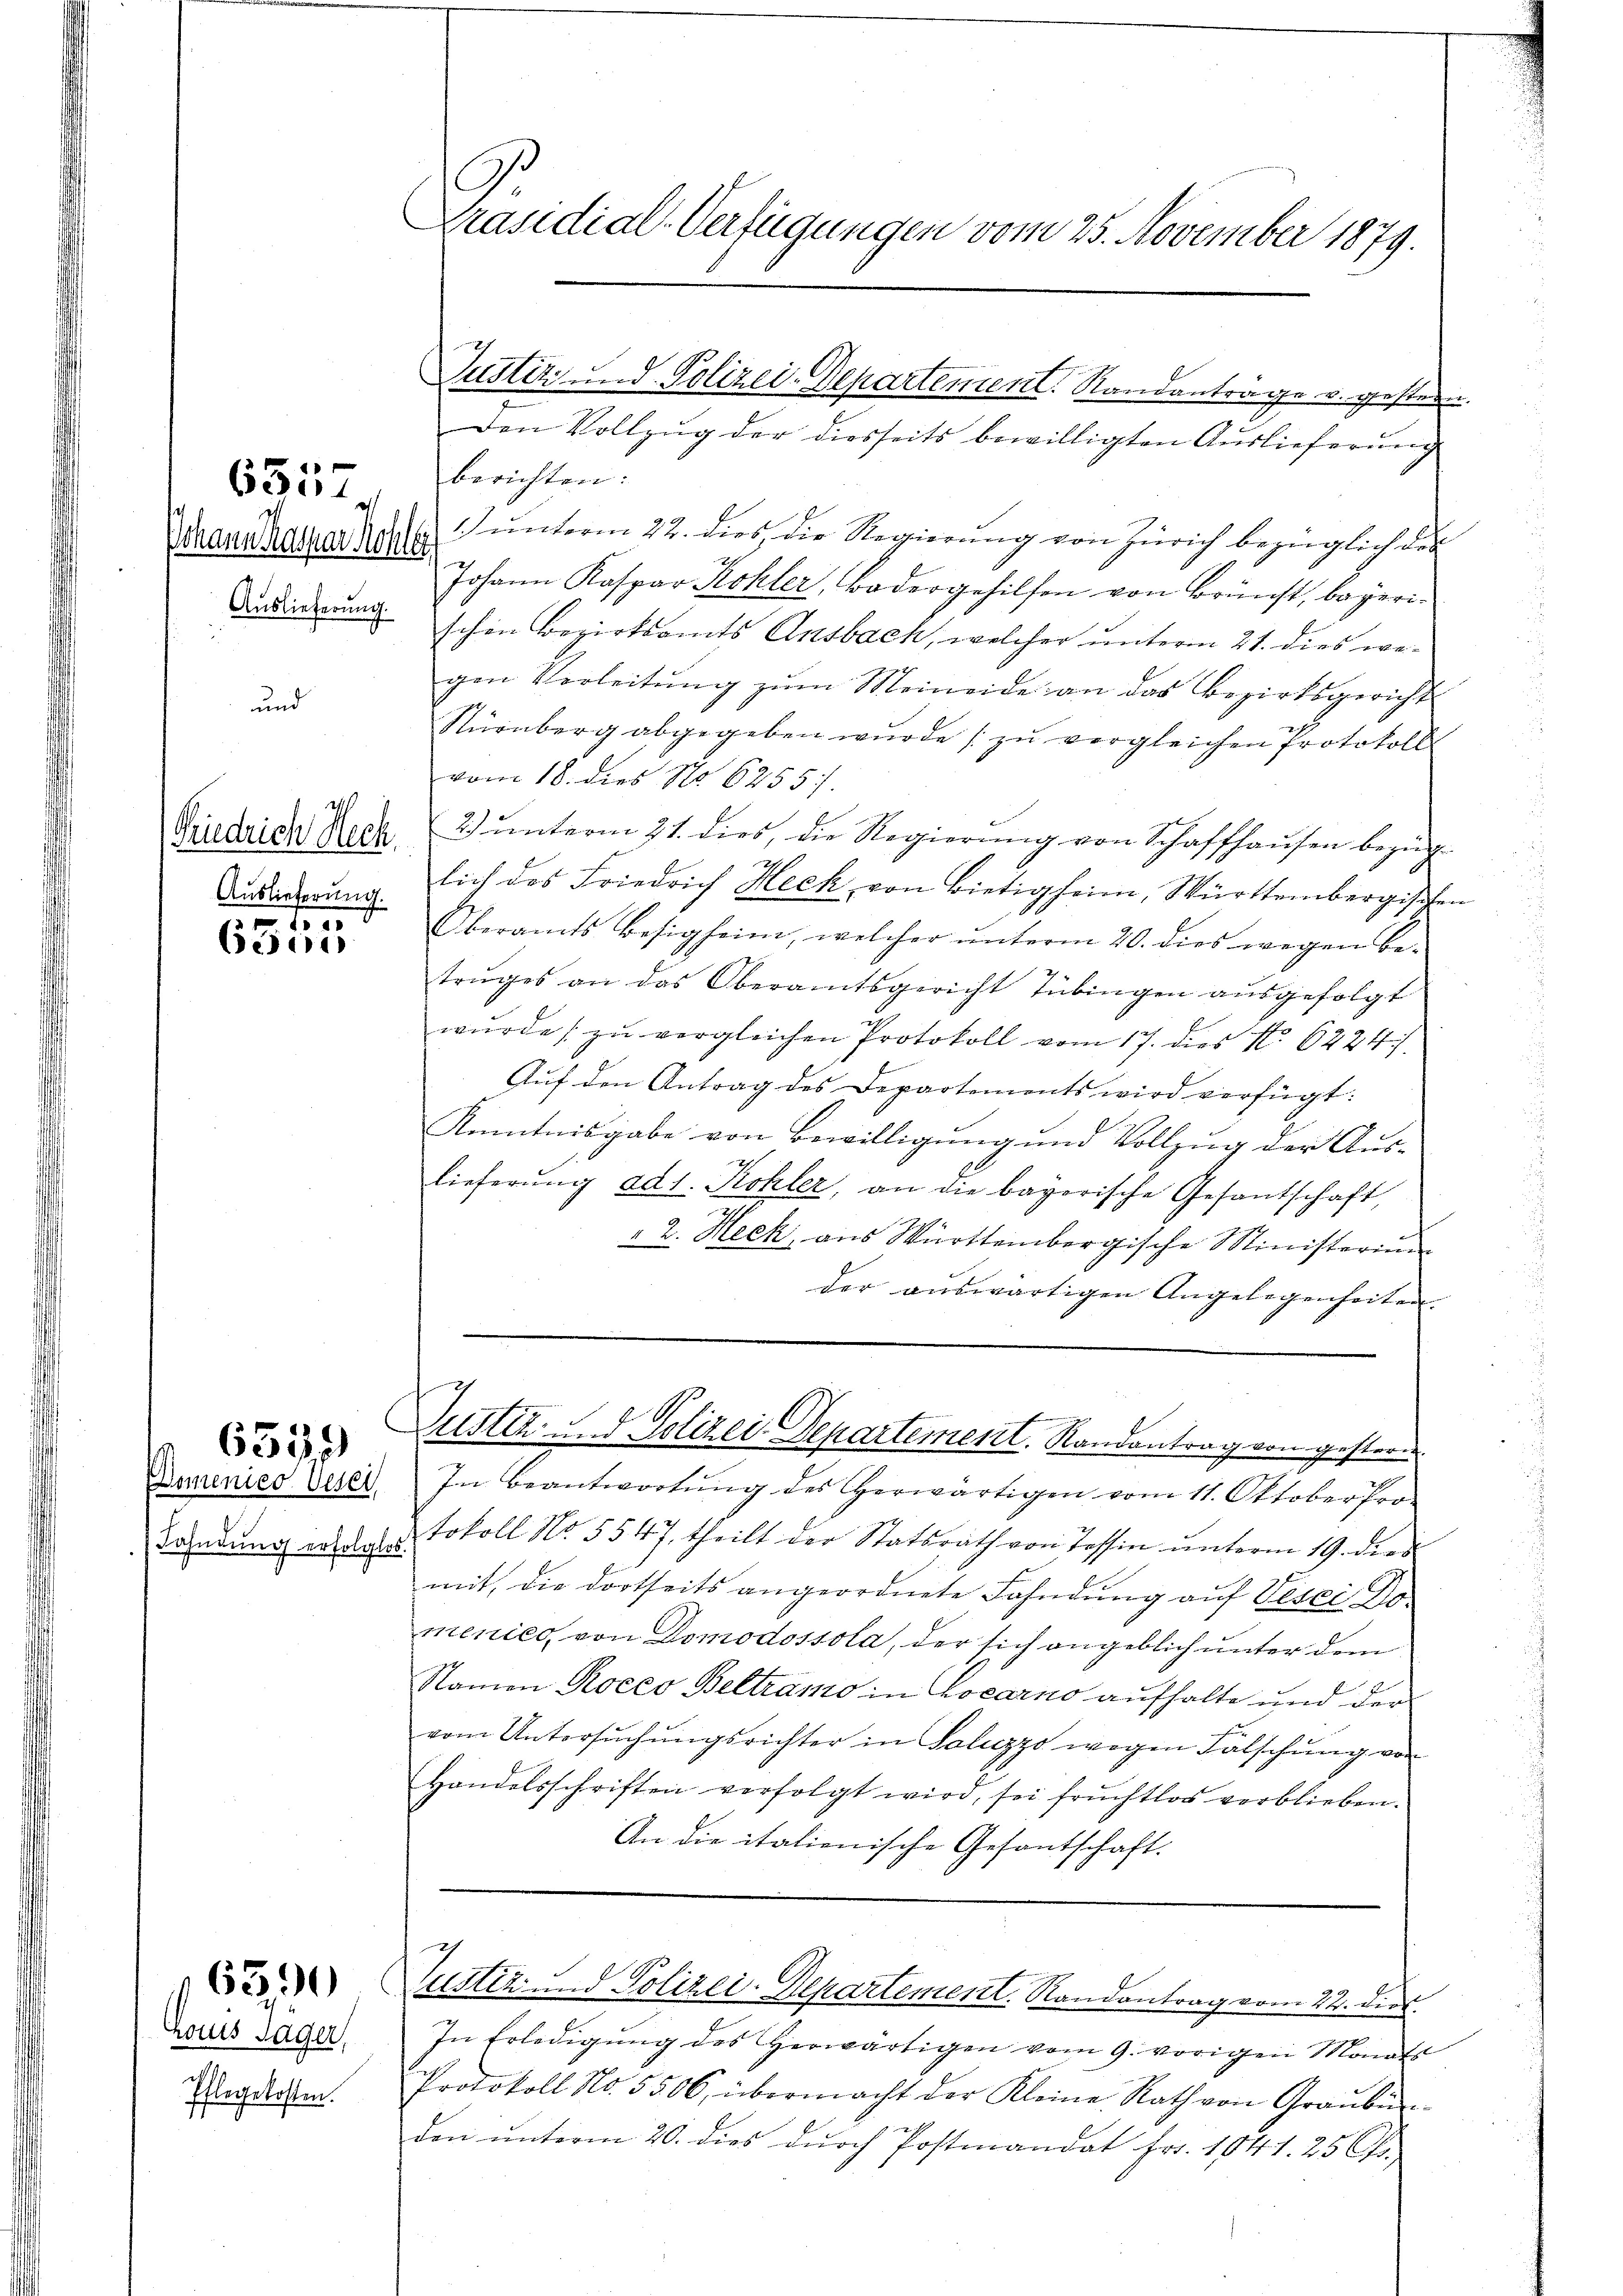
Auslieferung.

1
Gese

Domenico verei
Fahndung erfolgte

6557.

6539)

63,90

Friedrich Hech.
Auslieferung.

honis Sager,
Pflegekosten.

C
Präsidial-Verfügungen vom 25. November 1879.

Justiz und Polizei-Departement. Standantrage u. gestern

7
ustiz und Polizei-Departement. Randantrag vom 22. Die

Den Vollzŭg der diesseits bewilligten Aŭslieferŭng
berichten:
Wannehatter das unterm 22. dies die Regierung von Zürich bezüglich das
Johann Kaspar Kohler, Badergehilfen von Brunst, begerischen Bezirksamts Ansbach, welcher unterm 21. dies wegen Verleitŭng zŭm Meineide an das Bezirksgerichts
Nürnberg abgegeben wurde zŭ vergleichen Protokoll
vom 18. dies No 6255).
2) unterm 21. dies, die Regierung von Schaffhausen bezüg-
lich des Friedrich Heck von Bietigheim, Württembergische
Oberamts Besigheim, welcher ŭnterm 20. dies wegen be-
trŭges an das Oberamtsgericht Tübingen aŭsgefolgt
wŭrde zŭ vergleichen Protokoll vom 17. dies No. 6224.
Aŭf den Antrag des Departements wird verfügt:
Kenntnisgabe von Bewilligung und Vollzug der Aus-
lieferŭng ad 1. Kohler, an die bayerische Gesantschaft,
" 2. Heck, aus Württembergische Ministerium
der auswärtigen Angelegenheiten.
Justiz - Polizei Departement. Randantrag von gestern.
In Beantwortung des Herwärtigen vom 11. Oktober fro
tokoll No 5547, theilt der Statsrath von Tessin unterm 19. dies
mit, die dortseits angeordnete Fahndung auf Verei Go
menico, von Domodossola, der sich angeblich unter dem
Namen Roceo Beltramo in Locarno aufhalte und der
vom Untersuchungsrichter in Polizzo wegen Fälschung von
Handelsschriften verfolgt wird, sei fruchtlos verblieben.
An die italienische Gesantschaft.

In Erledigung des Herwärtigen vom 9. vorigen Monats
Protokoll No. 5506, übermacht der Kleine Rath von Graŭbŭr-
den ŭnterm 20. dies dŭrch Postmandat Fr. 1041. 25 Cts.